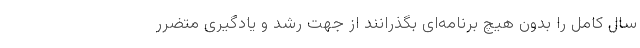
سال کامل را بدون هیچ برنامه‌ای بگذرانند از جهت رشد و یادگیری متضرر